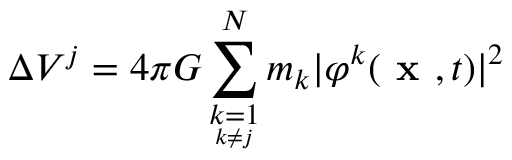
\Delta V ^ { j } = 4 \pi G \sum _ { \underset { k \neq j } { k = 1 } } ^ { N } m _ { k } \vert \varphi ^ { k } ( \textbf { x } , t ) \vert ^ { 2 }